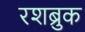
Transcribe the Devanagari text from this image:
रशब्रुक